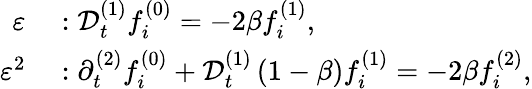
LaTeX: \begin{array}{rl}{\varepsilon}&{{}:\mathcal{D}_{t}^{(1)}f_{i}^{(0)}=-2\beta f_{i}^{(1)},}\\ {\varepsilon^{2}}&{{}:\partial_{t}^{(2)}f_{i}^{(0)}+\mathcal{D}_{t}^{(1)}\left(1-\beta\right)f_{i}^{(1)}=-2\beta f_{i}^{(2)},}\end{array}